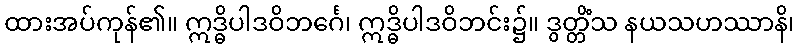
ထားအပ်ကုန်၏။ ဣဒ္ဓိပါဒဝိဘင်္ဂေ၊ ဣဒ္ဓိပါဒဝိဘင်း၌။ ဒွတ္တိံသ နယသဟဿာနိ၊